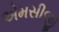
એમસીજી